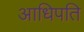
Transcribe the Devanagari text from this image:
आधिपति